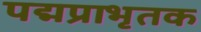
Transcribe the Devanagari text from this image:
पद्मप्राभृतक